system: You are a helpful assistant.
user:
Analyze the provided spectrum to determine if it is a **M-type Giant (gM)**.

A M-type Giant spectrum is defined by its **strong molecular absorption** features, particularly from **Titanium Oxide (TiO)**. You must check for one of the following mutually exclusive signatures:

- **Key Visual Indicators (Absorption-Dominated Spectrum):**

    - **(Primary):** The spectrum is dominated by strong molecular absorption from **Titanium Oxide (TiO)**. This is the **defining feature** of its M-type temperature class.
        - **(Key Bandheads):** Look for sharp, "saw-tooth" absorption valleys. The strongest are located near **~7050 Å**, **~6160 Å**, and **~5170 Å**.
        - **(Line Profile):** The "saw-tooth" morphology is critical: a **sharp, steep drop on the BLUE (short-wavelength) side** of the bandhead, followed by a gradual recovery (rising flux) towards the RED (long-wavelength) side.

    - **(Key Confirmation - Giant vs. Dwarf):** **ABSENCE** of strong **Calcium Hydride (CaH)** molecular bands. This is the primary diagnostic for *excluding* M-dwarfs.
        - **(Key Region):** The spectrum should lack the strong, broad absorption band seen in dwarfs between **~6800 Å and ~7000 Å**.

    - **(Secondary Confirmation - Giant):** A very strong and broad **Neutral Calcium (Ca I)** atomic absorption line.
        - **(Key Line):** Located at **~4226 Å**. In a giant (gM), this line is significantly deeper and broader than the same line in an M-dwarf (dM) due to low surface gravity.

    - **(Overall Spectrum):**
        - The continuum is **extremely red-sloping** (i.e., flux is very low in the blue and rises dramatically towards the red).
        - The entire spectrum appears "chopped up" by the deep TiO bands.

Think first, call **spectral_visualization_tool** if needed to examine features in detail, then provide your final answer. Your response must adhere to the following strict rules:
1.  **Overall Structure:** Your response must follow the format `<think>...</think> <tool_call>...</tool_call> (if a tool is used) <answer>...</answer>`.
2.  **Tool Usage Constraint:** You may only make **one** tool call per turn.
3.  **Final Answer Format:** In the `<answer>` tag, your conclusion must be inside a `\boxed{}` command (e.g., `\boxed{YES}` or `\boxed{NO}`), followed by your justification.

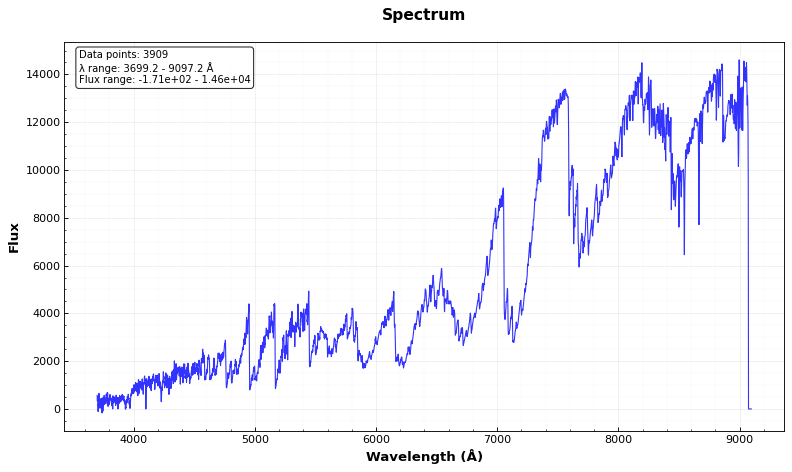
Answer: YES